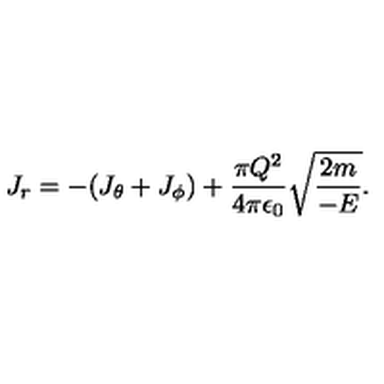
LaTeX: J _ { r } = - ( J _ { \theta } + J _ { \phi } ) + { \frac { \pi Q ^ { 2 } } { 4 \pi \epsilon _ { 0 } } } \sqrt { { \frac { 2 m } { - E } } } .